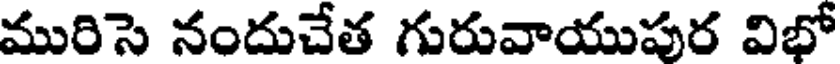
మురిసె నందుచేత గురువాయుపుర విభో